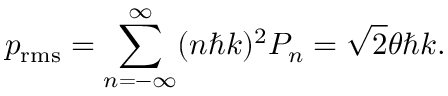
p _ { \mathrm { r m s } } = \sum _ { n = - \infty } ^ { \infty } ( n \hbar k ) ^ { 2 } P _ { n } = { \sqrt { 2 } } \theta \hbar k .